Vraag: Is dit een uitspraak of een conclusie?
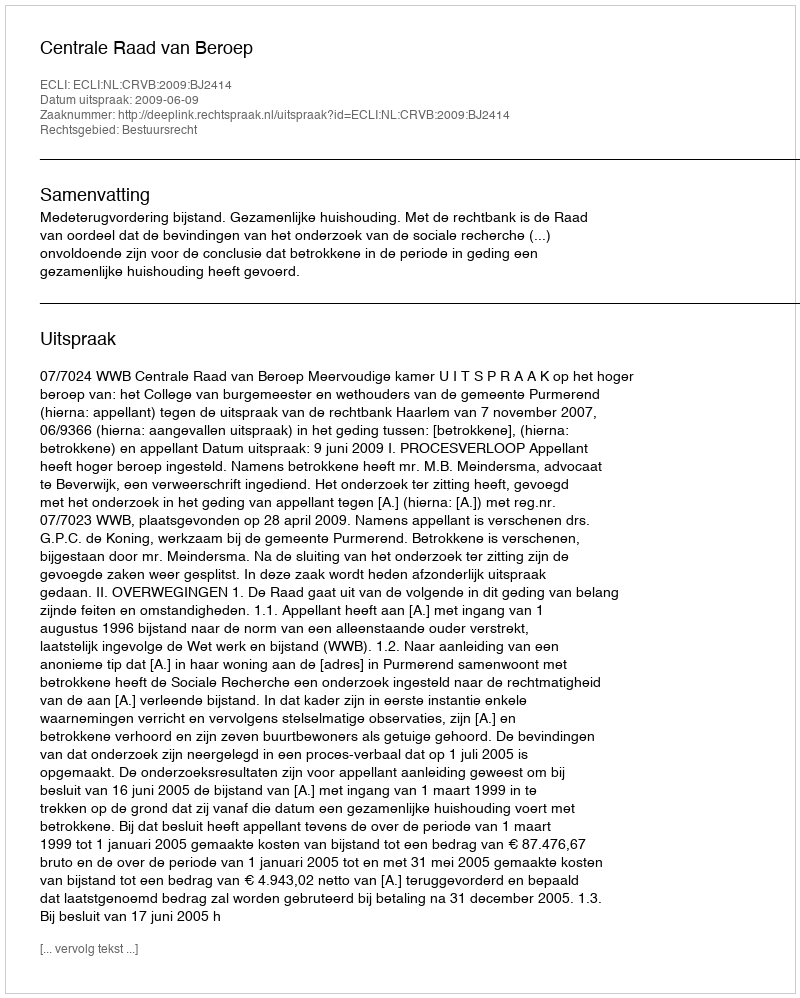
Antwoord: Uitspraak